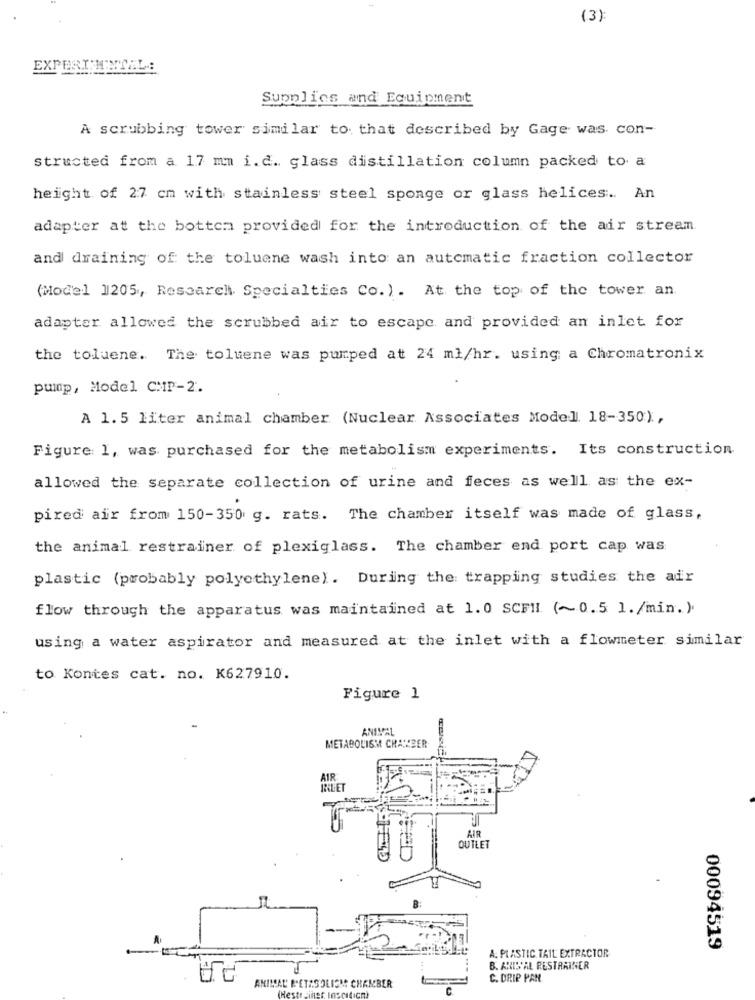
(3):
Supplies and Equipment
A scrubbing tower similar to that described by Gage was con-
structed from a 17 mm i.d. glass distillation column packed to a
height of 27 cm with stainless steel sponge or glass helices .. An
adapter at the bottom provided for the introduction of the air stream.
and draining of the toluene wash into an automatic fraction collector
(Model 1205, Research Specialties Co.). At the top of the tower an
adapter allowed the scrubbed air to escape and provided an inlet for
the toluene. The toluene was pumped at 24 ml/hr. using a Chromatronix
pump, Model CHIP-2.
A 1.5 liter animal chamber (Nuclear Associates Model 18-350) ,
Figure: 1, was purchased for the metabolism experiments. Its construction
allowed the separate collection of urine and feces as well as the ex-
pired air from 150-350 g. rats. The chamber itself was made of glass,
the animal restrainer of plexiglass. The chamber end port cap was
plastic (probably polyethylene). During the trapping studies the air
flow through the apparatus was maintained at 1.0 SCFI (~0.5 1./min.)
using a water aspirator and measured at the inlet with a flowmeter similar
to Kontes cat. no. K627910.
Figure 1
ANIMAL
METABOLISM CHAMBER
AIR
INLET
OUTLET
00094519
A. PLASTIC TAIL EXTRACTOR
B. ARISCAL RESTRAINER
C. DRIP PAN
ANIMAL' METABOLISM CHAMBER
(Neste-iher Inscitich)
C